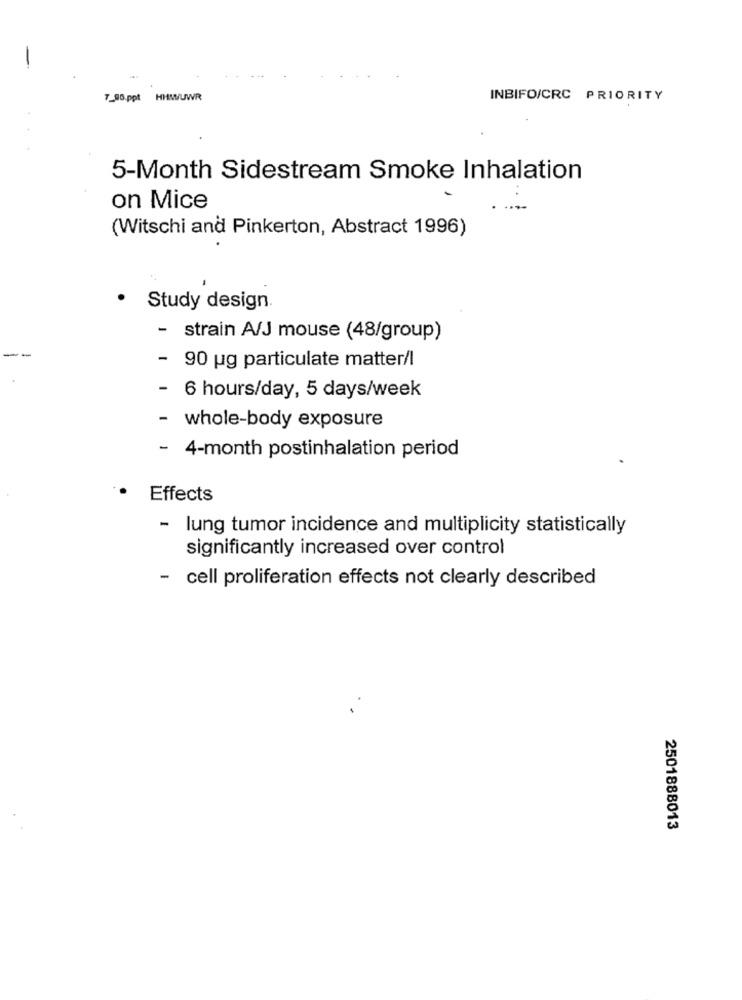
7_90.ppt HHWUWR
INBIFO/CRC PRIORITY
5-Month Sidestream Smoke Inhalation
on Mice
(Witschi and Pinkerton, Abstract 1996)
.
Study design.
- strain A/J mouse (48/group)
- 90 ug particulate matter/l
- 6 hours/day, 5 days/week
- whole-body exposure
- 4-month postinhalation period
Effects
- lung tumor incidence and multiplicity statistically
significantly increased over control
- cell proliferation effects not clearly described
2501888013